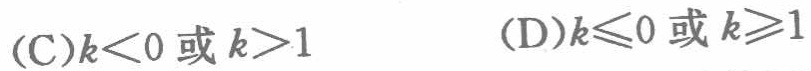
(C)\(k<0或k>1\)  (D)\(k\leqslant0或k\geqslant1\)